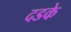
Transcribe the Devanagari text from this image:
दडके